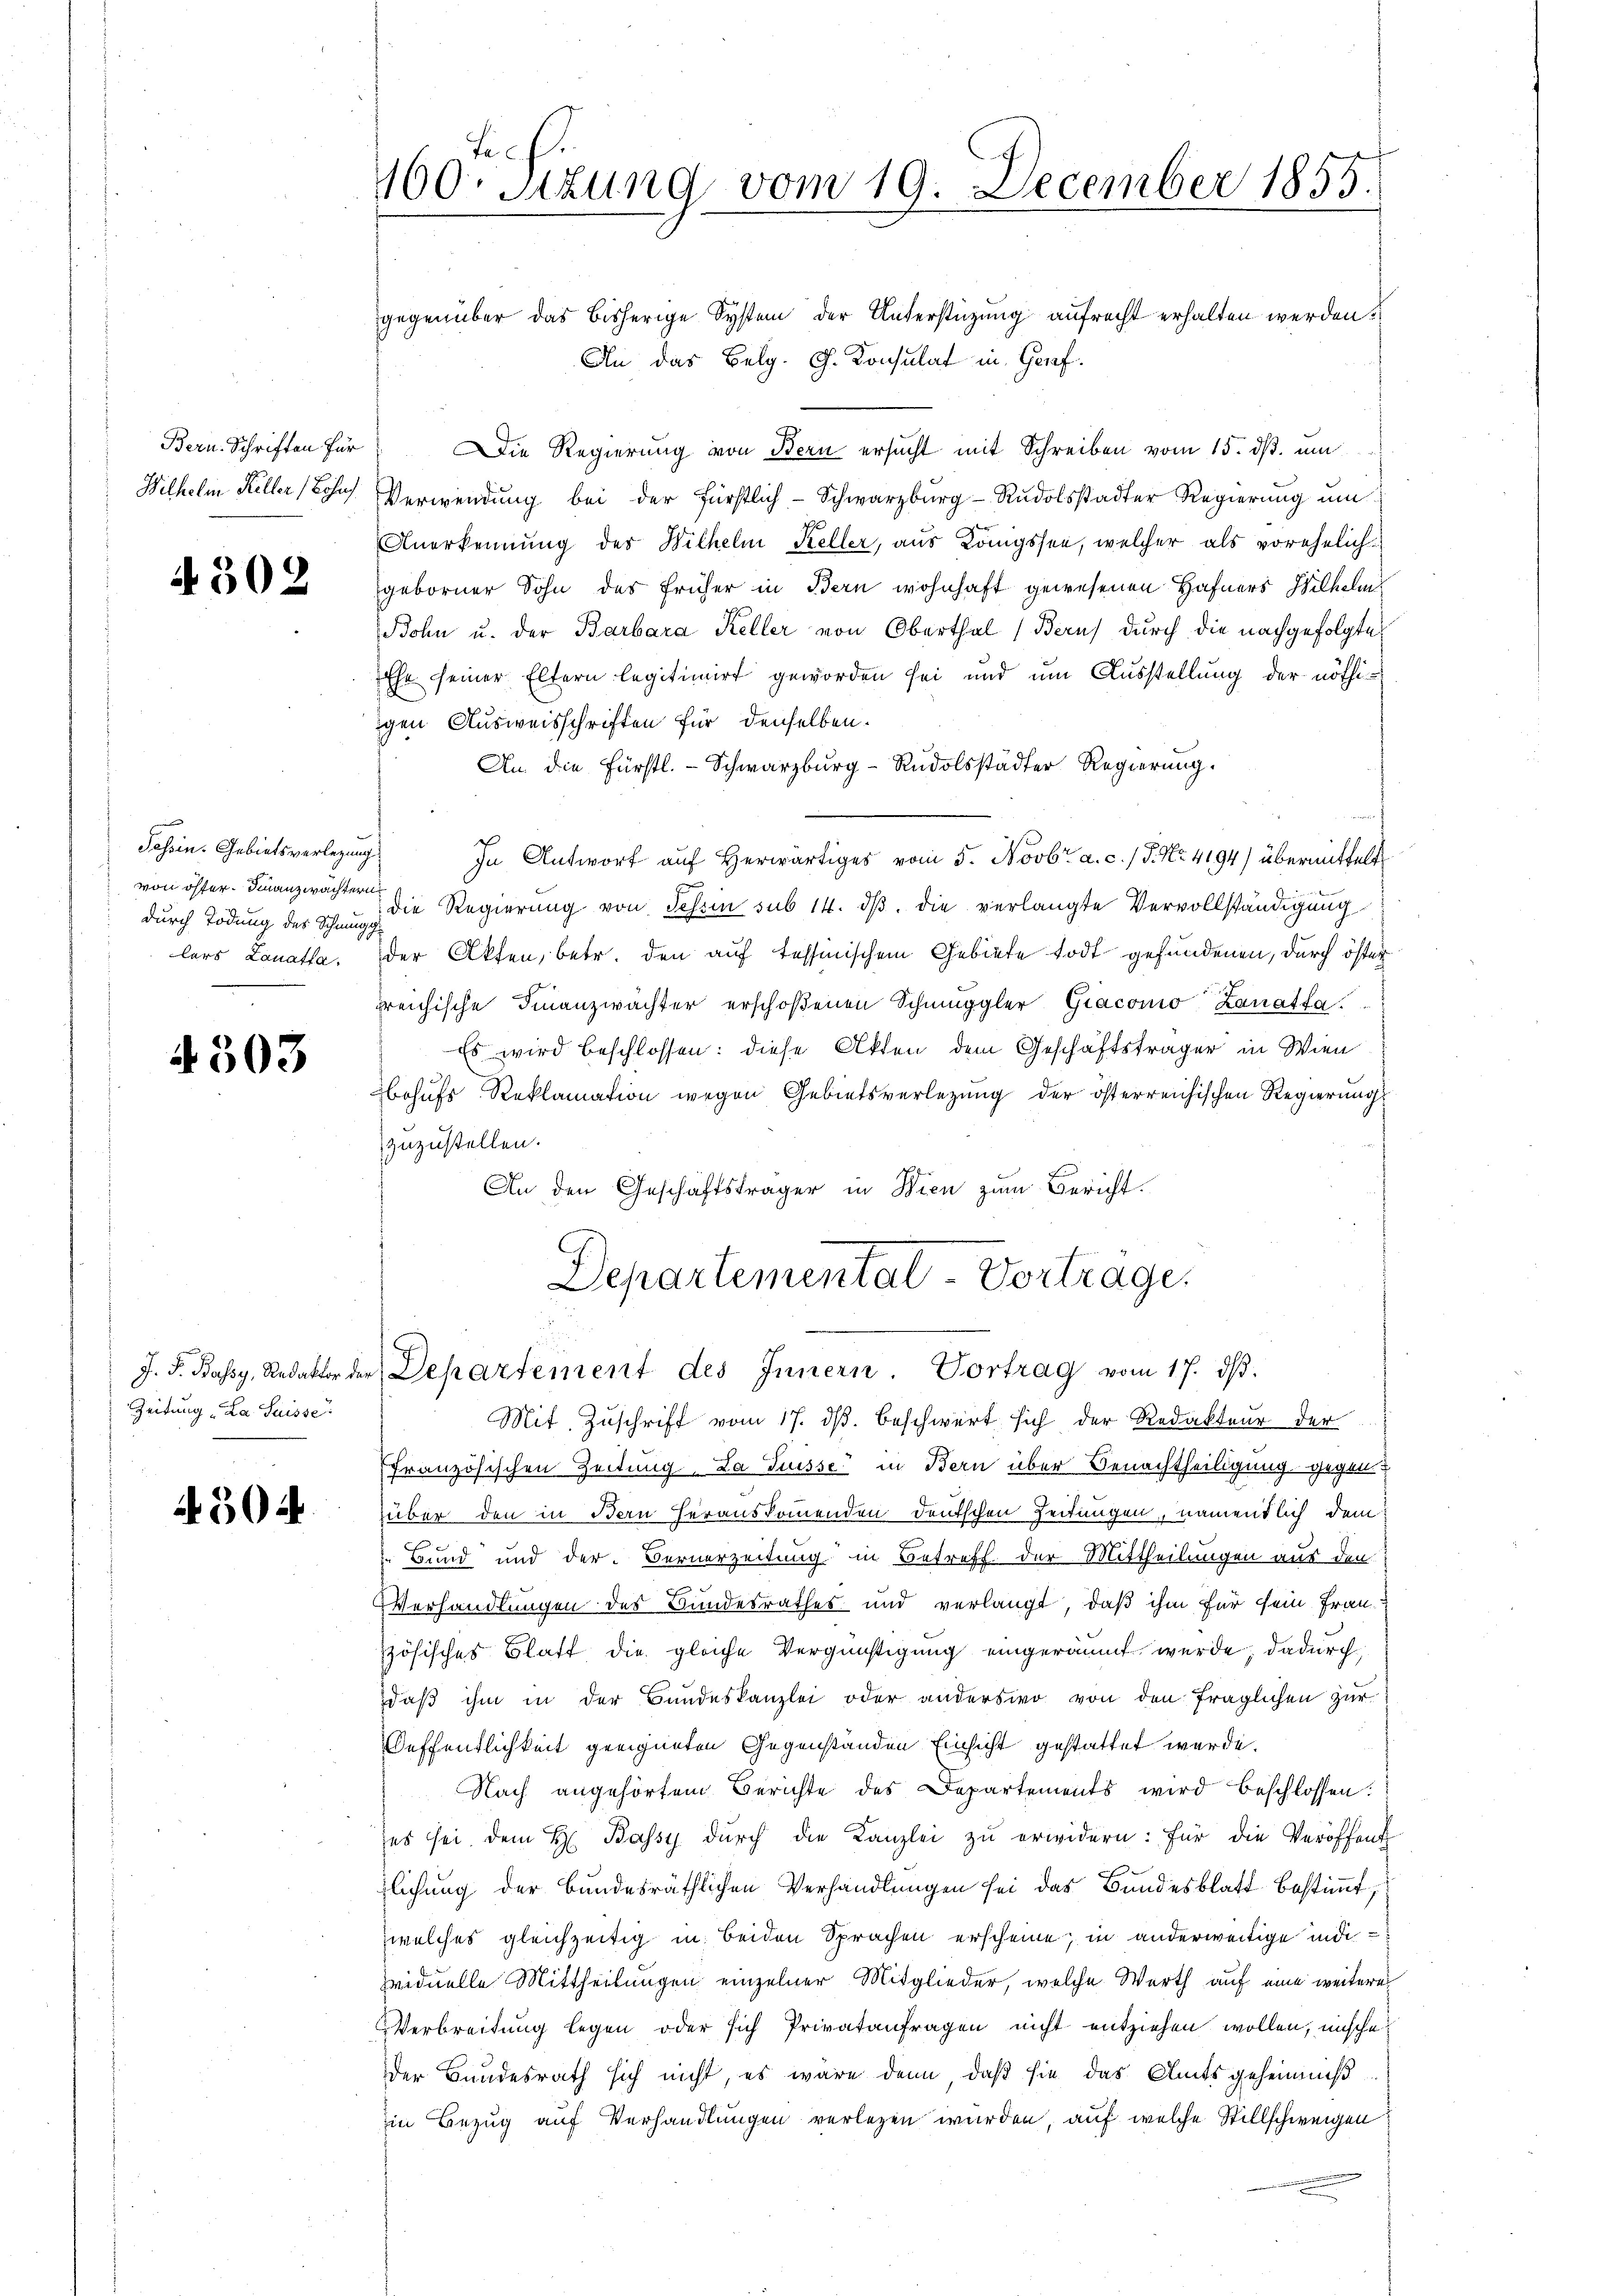
Bern-Schriften für
Wilhelm Keller (Bohnf

4302

Tessin. Gebietsverlegung
von öffer Finanzwächter
durch Tödung des Schnung
lers Lanatsa

4303

Zeitung „La Suisse

4504

100. Sitzung vom 19. December 1855.

gegenüber das bisherige System der Unterstüzung aufrecht erhalten werden?
An das Belg. G. Konsulat in Genf.
Die Regierung von Bern ersucht mit Schreiben vom 15. ds. um
Verwendung bei der Fürstlich-Schwarzburg-Rudolsstadter Regierŭng ŭm
Anerkennung des Wilhelm Keller, aus Königssee, welcher als vorehelichgeborner Sohn des früher in Bern wohnhaft gewesenen Hafners Wilhelm
Bohn u. der Barbara Keller von Oberthal (Bern) durch die nachgefolgtes
Ehe seiner Eltern legitimirt geworden sei und um Ausstellung der nöthiigen Ausweisschriften für denselben.
An die Fürstl. Schwarzburg-Rudolsstädter Regierung.
In Antwort auf herwärtiges vom 5. Novbr. a. c. / 5. No. 4194) übermittelt
All |
die Regierung von Tessin sub 14. dβ. die verlangte Vervollständigung
der Akten, betr. den auf tessinischem Gebiete todt gefundenen, durch öster
freichische Finanzwächter erschoßenen Schmuggler Giacomo Zanatsa
Es wird beschlossen: diese Akten dem Geschäftsträger in Wien
behufs Reklamation wegen Gebietsverletzung der österreichischen Regierung,
zuzustellen.
An den Geschäftsträger in Wien zum Bericht.

Departemental-Vortrage.
J. F. Bassy, Redaktor der Departement des Innern. Vortrag vom 17. dβ.

Mit Zuschrift vom 17. ds. beschwert sich der Redakteur der
französischen Zeitung, La Suisse in Bern über Benachtheiligung gegen
über den in Bern herauskommenden deutschen Zeitungen, namentlich dem
f
Bund und der Bernerzeitung in Betreff der Mittheilungen aus den
a
Verhandlungen des Bundesrathes und verlangt, daß ihm für sein Frau
zösisches Blatt die gleiche Vergünstigung eingeräumt werde; dadurch
daß ihm in der Bandeskanzlei oder anderswo von den fraglichen zur
Oeffentlichkeit geeigneten Gegenständen Einsicht gestattet werde.
Nach angehörtem Berichte des Departements wird beschlossen:
ses sei dem H. Bassy dŭrch die Kanzlei zu erwidern: Für die Veröffent
lichung der bundesräthlichen Verhandlungen sei das Bundesblatt bestimmt,
welches gleichzeitig in beiden Sprachen erscheine, in anderweitige indi
sviduelle Mittheilungen einzelner Mitglieder, welche Werth auf eine weiteren
Verbreitung legen oder sich Privatanfragen nicht entziehen wollen, unsche
Der Bundesrath sich nicht, es wäre denn, daß sie das Amtsgeheimuß
in Bezug auf Verhandlungen verlegen wurden, auf welche Stillschweigen